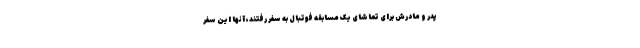
پدر و مادرش برای تماشای یک مسابقه فوتبال به سفر رفتند، آنها این سفر